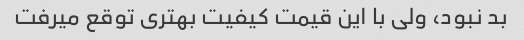
بد نبود، ولی با این قیمت کیفیت بهتری توقع میرفت